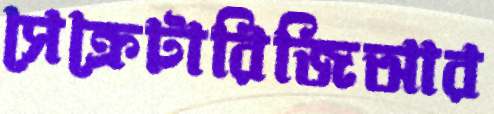
সেক্রেটারিজিআর